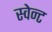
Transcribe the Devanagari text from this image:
स्वेन्ट